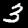
Label: 3